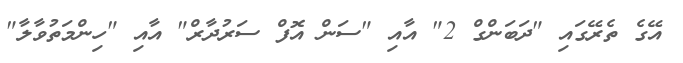
އޭގެ ތެރޭގައި "ދަބަންގް 2" އާއި "ސަން އޮފް ސަރުދާރް" އާއި "ހިންމަތުވާލާ"